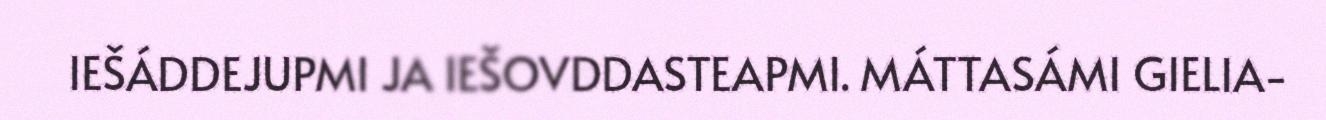
IEŠÁDDEJUPMI JA IEŠOVDDASTEAPMI. MÁTTASÁMI GIELIA-